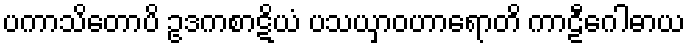
ပကာသိတောပိ ဥဒကစာဋိယံ ပသယှာဝဟာရောတိ ကာဠီဂေါဓာယ